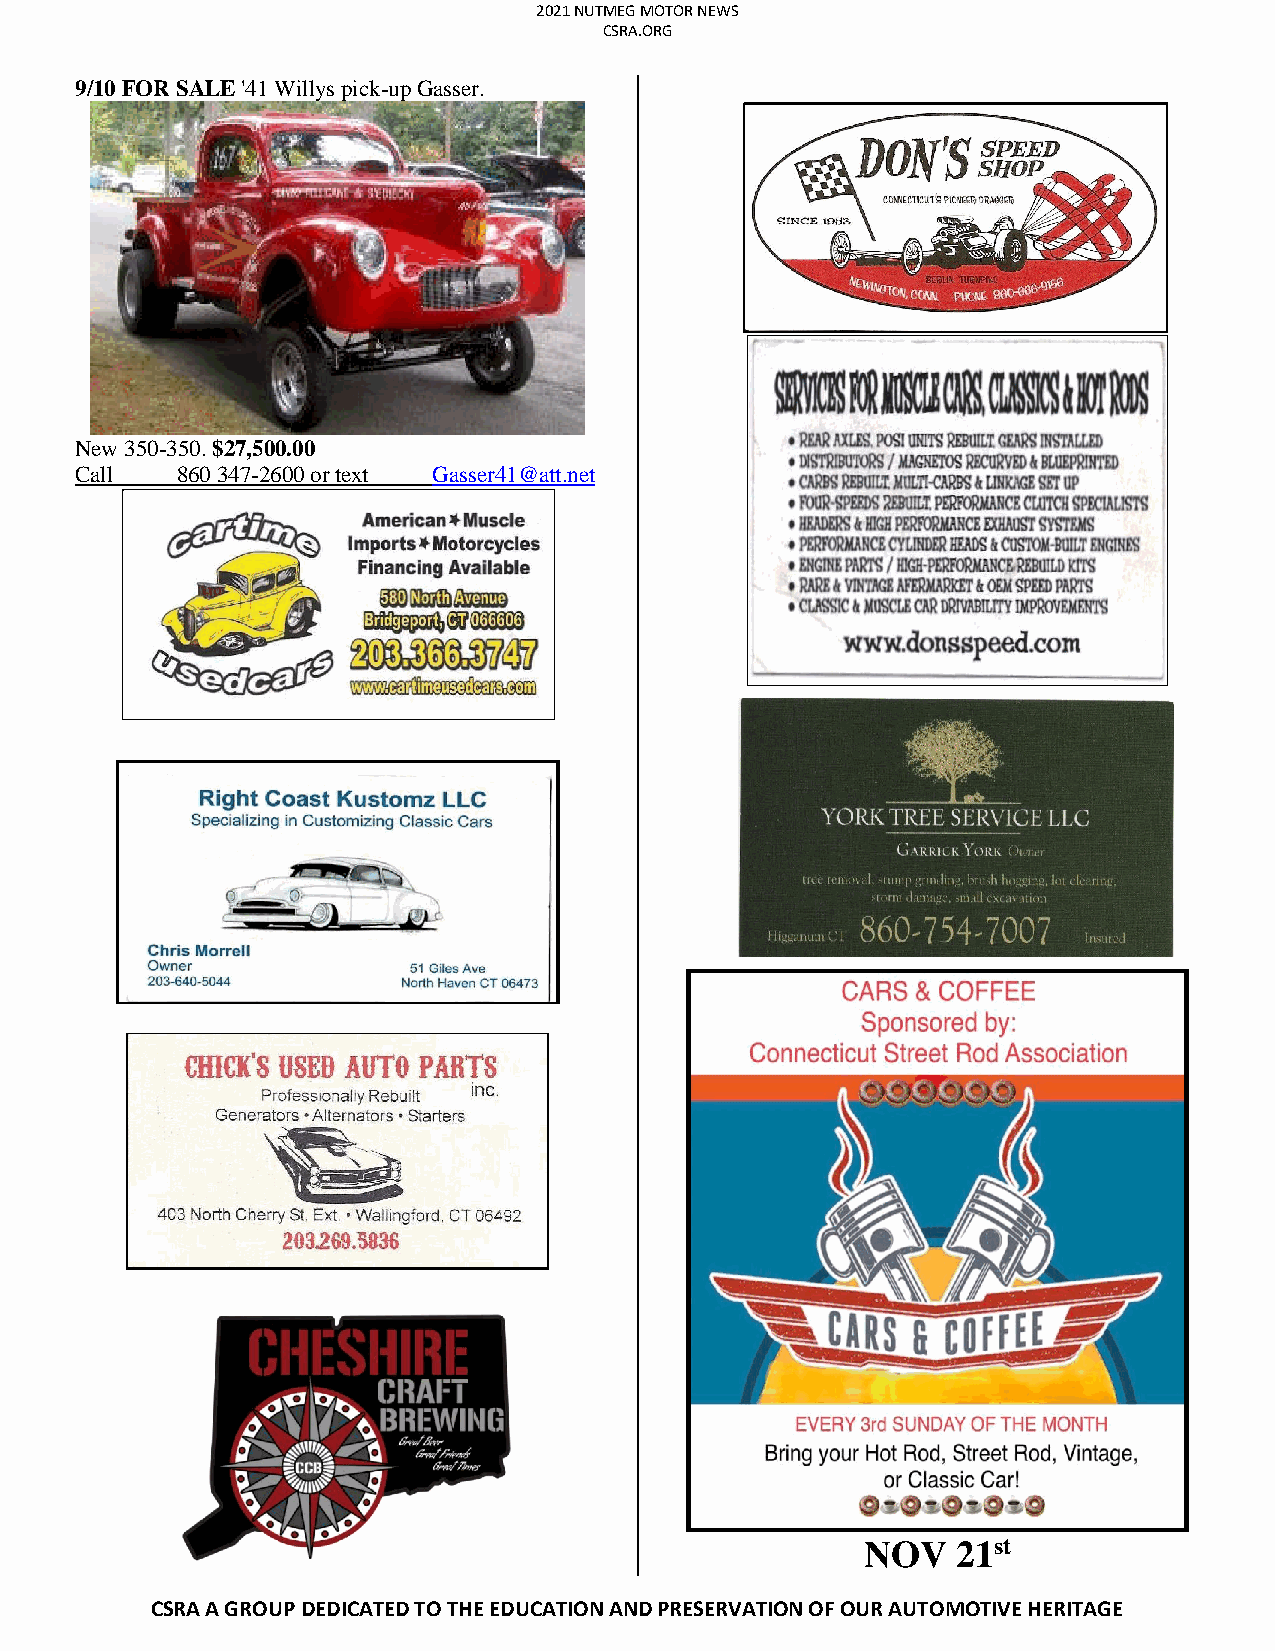
2021 NUTMEG MOTOR NEWS
 CSRA.ORG
 9/10 FOR SALE '41 Willys pick-up Gasser.
 New 350-350. $27,500.00
 Call   860 347-2600 or text Gasser41@att.net
 NOV   21st
 CSRA A GROUP DEDICATED TO THE EDUCATION AND PRESERVATION OF OUR AUTOMOTIVE HERITAGE